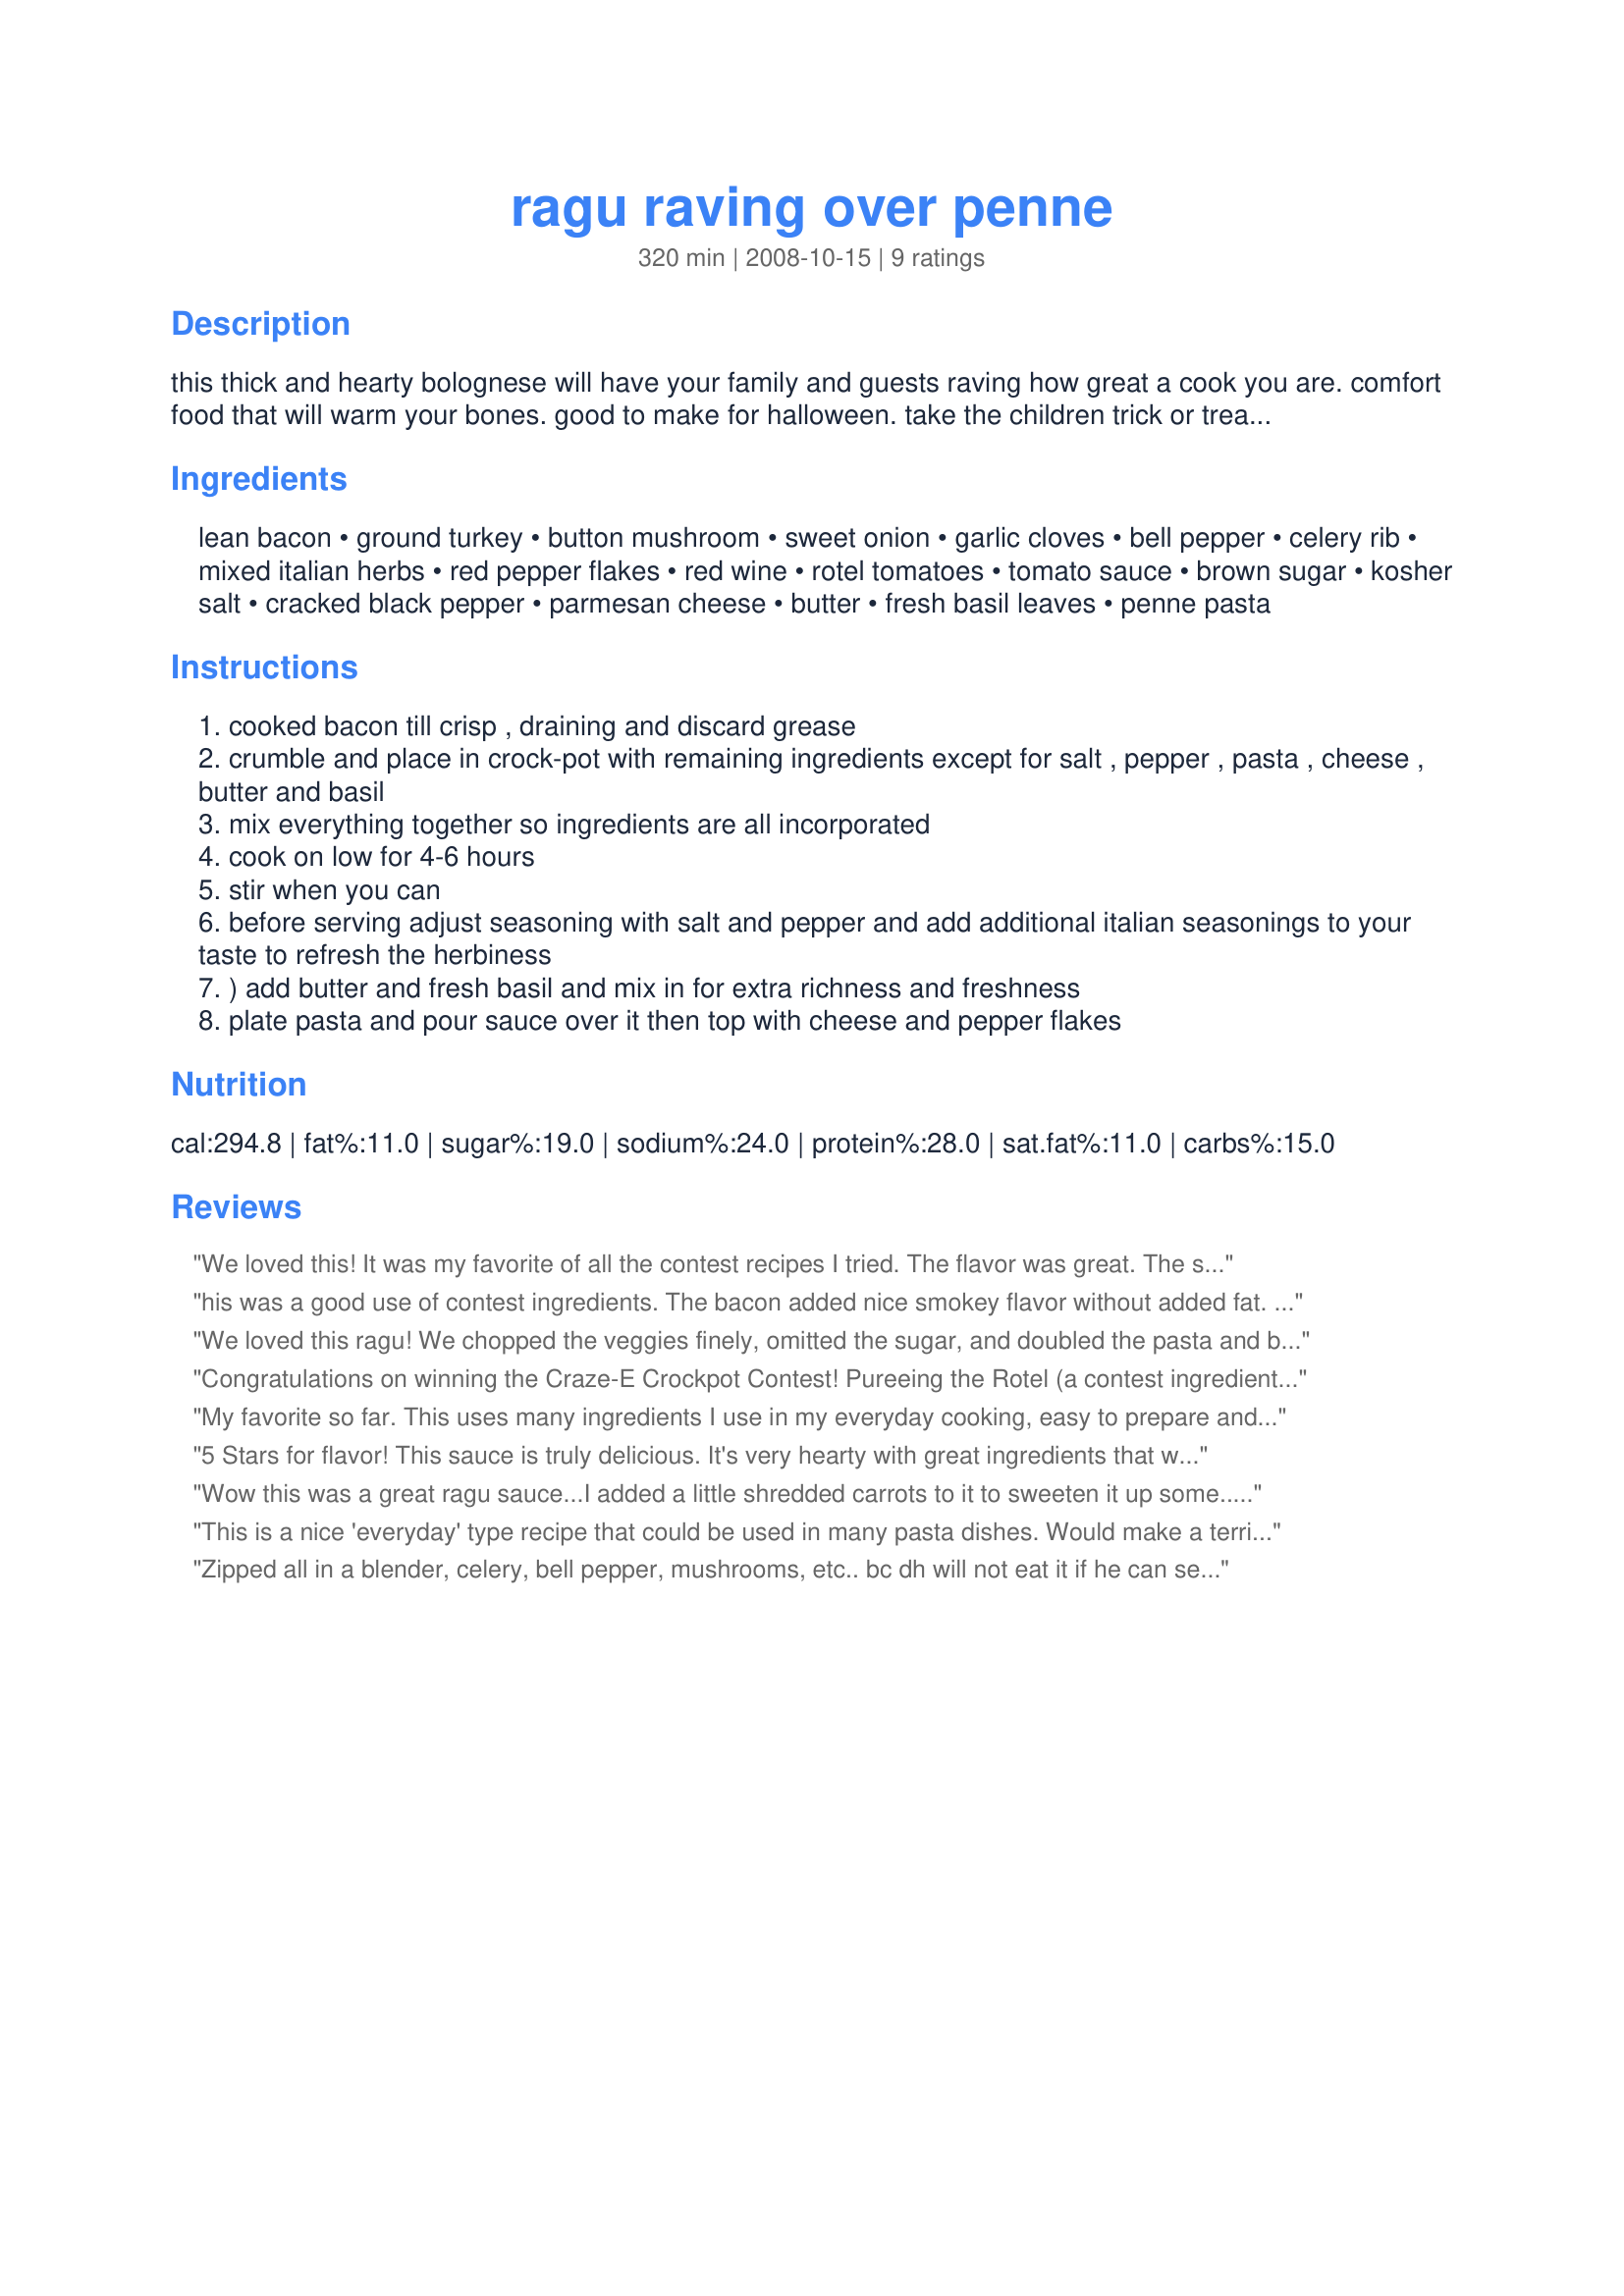
ragu raving over penne
Preparation time: 320 minutes

this thick and hearty bolognese will have your family and guests raving how great a cook you are. comfort food that will warm your bones. good to make for halloween. take the children trick or treating check in, empty the candy bags, give a stir and go back out for more knowing the treat you'll be back home for..... when chilled arrive home for a hot yummy dinner that everyone will love! makes a lot of sauce so great to freeze leftovers for a later day.

Ingredients:
lean bacon, ground turkey, button mushroom, sweet onion, garlic cloves, bell pepper, celery rib, mixed italian herbs, red pepper flakes, red wine, rotel tomatoes, tomato sauce, brown sugar, kosher salt, cracked black pepper, parmesan cheese, butter, fresh basil leaves, penne pasta

Steps:
cooked bacon till crisp , draining and discard grease
crumble and place in crock-pot with remaining ingredients except for salt , pepper , pasta , cheese , butter and basil
mix everything together so ingredients are all incorporated
cook on low for 4-6 hours
stir when you can
before serving adjust seasoning with salt and pepper and add additional italian seasonings to your taste to refresh the herbiness
) add butter and fresh basil and mix in for extra richness and freshness
plate pasta and pour sauce over it then top with cheese and pepper flakes

Reviews:
We loved this! It was my favorite of all the contest recipes I tried. The flavor was great. The sauce turned out nice and thick just like the introduction stated. The Rotel tomatoes gave it a nice little kick that we're not used to having in our spaghetti sauce but we enjoyed it! I love the name of the recipe, too. Great job!
his was a good use of contest ingredients. The bacon added nice smokey flavor without added fat. I did make a couple of adjustments. Because of the quantity of herbs called for, I assume that fresh was intended. I used a dried herb blend and the quantity was reduced considerably. The recipe was reduced by half and probably 10 oz of ground turkey was used. The butter was left out, the cheese and fresh basil were used to top the individual servings. A very nice sauce with a touch of a kick. Good luck in Craze-E Contest.
We loved this ragu! We chopped the veggies finely, omitted the sugar, and doubled the pasta and basil. It was great with turkey, but I am sure you could use other meats as well. I was worried about putting the ground meat in raw, but it broke up easily upon stirring, and worked just fine. I used a Malbec in this -- which I will increase next time. Very easy with a great method and a great taste - I definitely recommend trying this bolognese!
Congratulations on winning the Craze-E Crockpot Contest! Pureeing the Rotel (a contest ingredient) was a great idea and made this a zippy interesting sauce. Since the contest is over, I omitted the celery and instead of penne used tofu shirataki spaghetti which has virtually no fat and calories, and very few carbs. I used Pinot Noir and could taste it in this delicious meaty sauce...so easy to make in the crockpot!
My favorite so far. This uses many ingredients I use in my everyday cooking, easy to prepare and the flavors were excellent. Nice use of contest ingredients. Using the bacon and Rotel in this type dish was a new twist for me, and we enjoed it. I did use the optional red wine, as I like it when I cook as well. my family enjoyed this dish - it will be made again. Made for first Category Craze-E Contest 2008.
5 Stars for flavor! This sauce is truly delicious. It's very hearty with great ingredients that we love. The recipe did not state to cook covered or not, so we covered it and wound up having to add a bit of tomato paste to thicken it up before serving. We felt the intro mentioning 'Halloween' did not follow any reasoning as it's not a dish specifically designed to that holiday. Overall, although we had to add tomato paste to thicken up the sauce, the flavor is wonderful. :)
Wow this was a great ragu sauce...I added a little shredded carrots to it to sweeten it up some..<br/>you would never know if was healthy for you.
This is a nice 'everyday' type recipe that could be used in many pasta dishes. Would make a terrific lasagna! Would be terrific to freeze in portions for later use. Very easy to put together and quite tasty. Made for Category Craze-E Contest.
Zipped all in a blender, celery, bell pepper, mushrooms, etc.. bc dh will not eat it if he can see the 'chunks'. SSShhhhh do not tell him he secretly eats it and LIKES it! lol Liked the hint of sweet from brown sugar and the hit of heat from the pepper flakes. That is a combo I use in my homemade sauce. Added the red wine, Pinot Noir which has a peppery note, as red wine is a staple in my sauce as well. I prefer to add the wine at the end of cooking though so more of the flavor remains.
